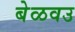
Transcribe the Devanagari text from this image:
बेळवउ